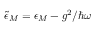
\tilde { \epsilon } _ { M } = \epsilon _ { M } - g ^ { 2 } / \hbar \omega